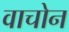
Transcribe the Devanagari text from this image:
वाचोन